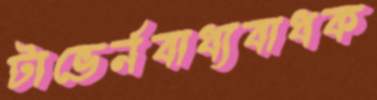
টাভের্নবাধ্যবাধক